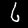
Label: 6